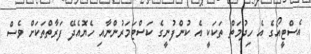
އެސްޓީއޯގެ އެ ހިދުމަތް ތަކަކީ އެ ކުންފުނީގެ ކަސްޓަމަރުންނާއި ހެޔޮއެދޭ ފަރާތްތަކަށް ވެސް